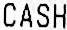
CASH